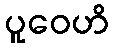
ပူဝေဟိ